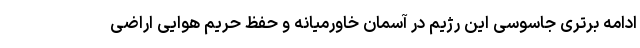
ادامه برتری جاسوسی این رژیم در آسمان خاورمیانه و حفظ حریم هوایی اراضی